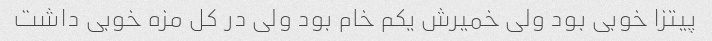
پیتزا خوبی بود ولی خمیرش یکم خام بود ولی در کل مزه خوبی داشت